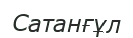
Сатанғұл